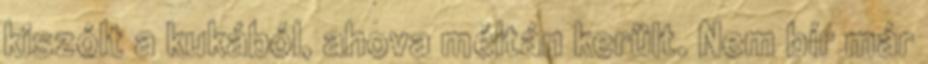
kiszólt a kukából, ahova méltán került. Nem bír már